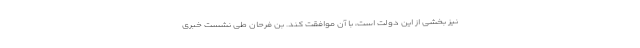
نیز بخشی از این دولت است، با آن موافقت کند. بن فرحان طی نشست خبری